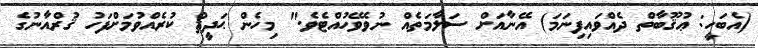
(އެބަހީ: ޢުޤޫބާތް ދެއްވައިފިނަމަ) އޭނާއަށް ސަލާމަތެއް ނުވެވޭހުއްޓެވެ." މިހެން ޙަދީޘް ކުރެއްވުމަށްފަހު ޤުރްއާނުގެ